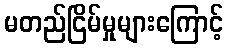
မတည်ငြိမ်မှုများကြောင့်